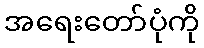
အရေးတော်ပုံကို